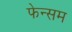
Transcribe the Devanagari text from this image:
फेन्सम